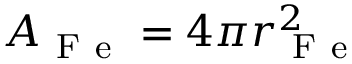
A _ { \mathrm { ~ F ~ e ~ } } = 4 \pi r _ { \mathrm { ~ F ~ e ~ } } ^ { 2 }